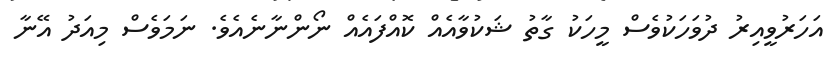
އަހަރުވީއިރު ދުވަހަކުވެސް މީހަކު ގާތު ޝަކުވާއެއް ކޮއްފައެއް ނޯންނާނެއެވެ. ނަމަވެސް މިއަދު އޭނާ